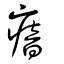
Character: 瘖